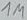
Text: 1M